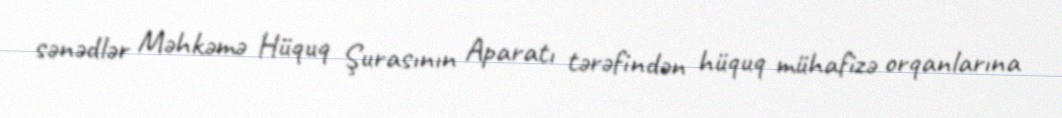
sənədlər Məhkəmə Hüquq Şurasının Aparatı tərəfindən hüquq mühafizə orqanlarına